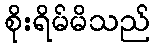
စိုးရိမ်မိသည်